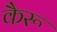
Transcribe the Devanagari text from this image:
कैरू